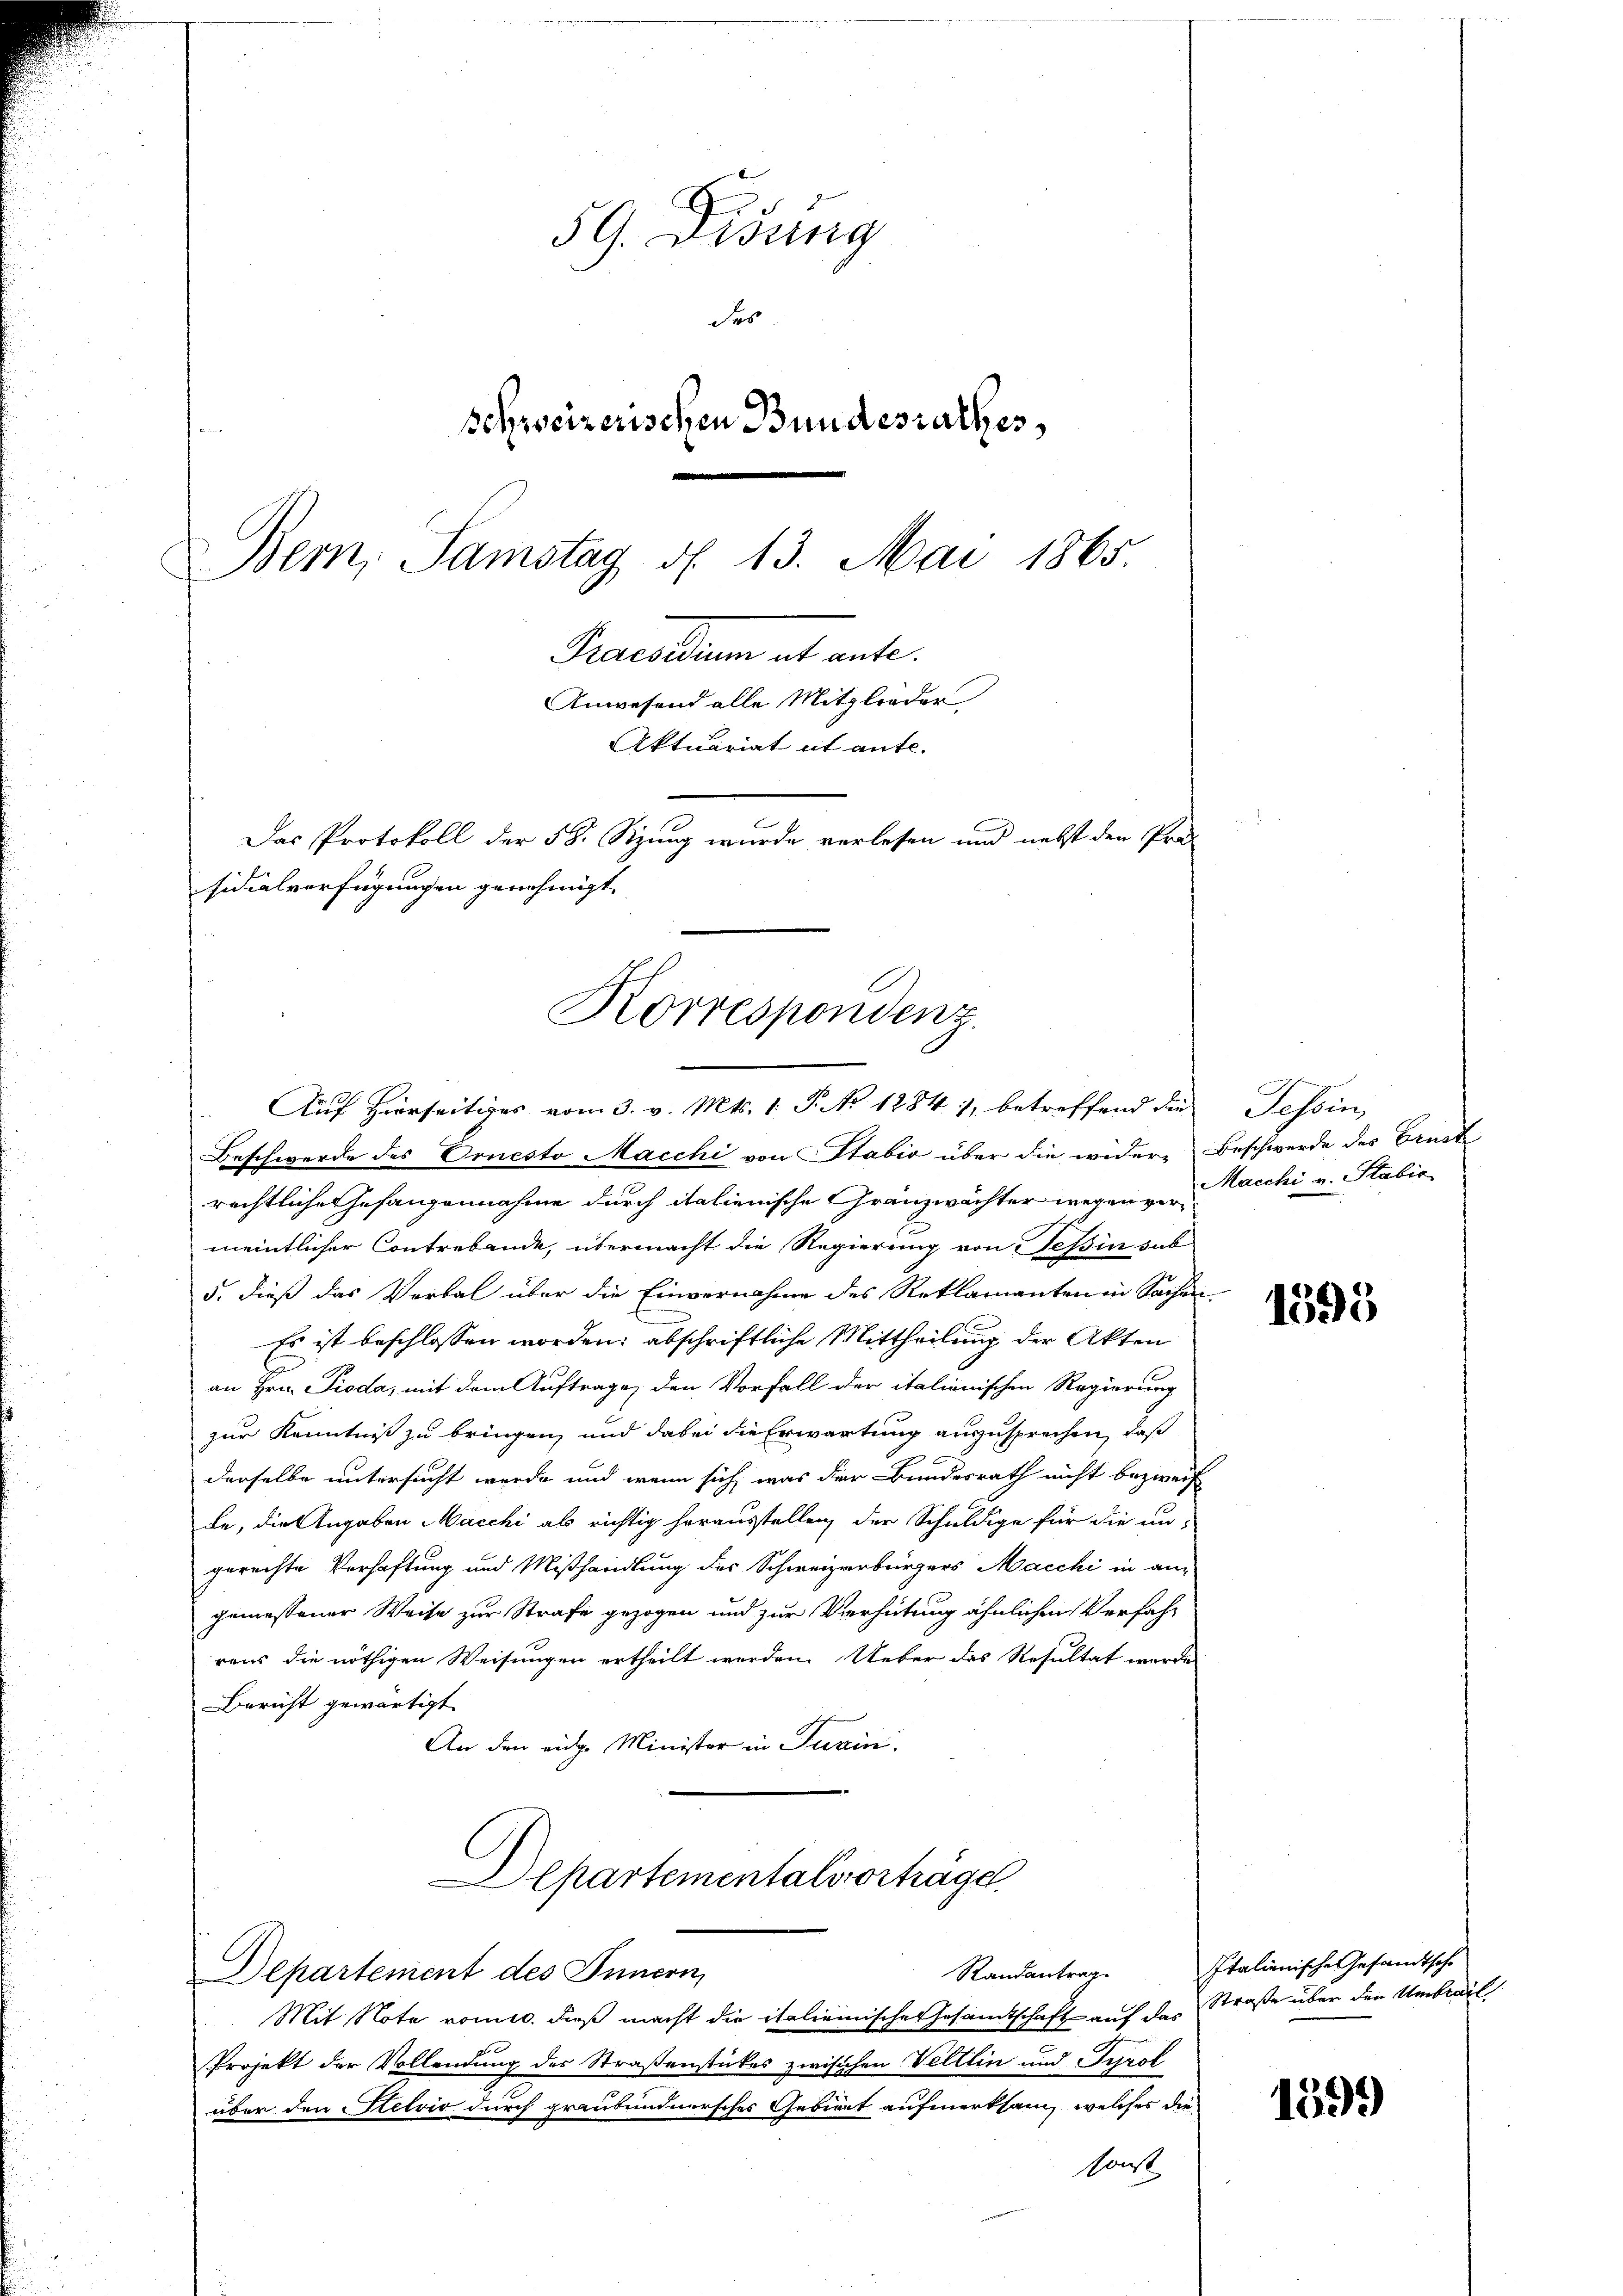
59. Disung
des
schweizerischen Bundesrathes,
Bern, Samstag d. 13. Mai 1865.
Fraendium et ante.
Anwesend alle Mitglieder
Aktuariat it ante.
Das Protokoll der 58. Sitzung wurde verlesen und nebst den Präs
sidialverfügungen genehmigt.

Korrespondenz.
Auf Hierseitiges vom 3. v. Mts. 1. P. No 1284), betreffend die

Beschwerde des Ornesto Macchi von Stabio über die widere Beschwerde des Ernst
rechtliche Gefangennahme durch italienische Gränzwachter wegen vermeintlicher Contrebande, übermacht die Regierung von Teßin dab
5. dieß das Verbal über die Einvernahme des Reklamanten in Sachen
Es ist beschlossen worden; abschriftliche Mittheilung der Akten
an Hrn. Pioda, mit dem Auftrage, den Vorfall der italienischen Regierung
zur Kenntniß zu bringen, und dabei die Erwartung auszusprechen, daß
derselbe untersucht werde und wenn sich was der Bundesrath nicht bezweif
be, die Angaben Macchi als richtig herausstellen, der Schuldige für die un-
gerechte Verhaftung und Mißhandlung des Schweizerbürgers Macchi in an-
gemessener Weise zur Strafe gezogen und zur Verhütung ähnlichen Verfahr
rens die nöthigen Weisungen ertheilt werden. Ueber das Resultat wurde
Bericht gewärtigt
An den eidge Minister in Turin.
Departementalverträge.
Randantrag
Departement des Innern,
Mit Note vom 10. dieß macht die italienisches Gesamtschaft auf das Straße über den Umbrail
Projekt der Vollendung des Straßenstückes zwischen Veltlin und Tyrol
über den Stelvis durch graubündnersches Gebiert aufmerksam, welches die
sonst

Tessin,
Macchi v. Stabić

1395

Italienische Gesandtsche

1599